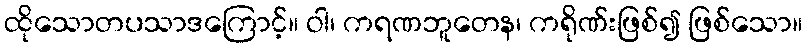
ထိုသောတပသာဒကြောင့်။ ဝါ၊ ကရဏဘူတေန၊ ကရိုဏ်းဖြစ်၍ ဖြစ်သော။